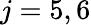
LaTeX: j=5,6